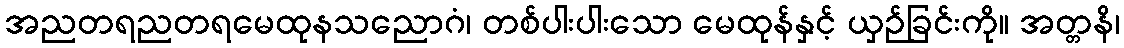
အညတရညတရမေထုနသညောဂံ၊ တစ်ပါးပါးသော မေထုန်နှင့် ယှဉ်ခြင်းကို။ အတ္တနိ၊